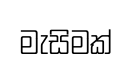
මැසිමක්